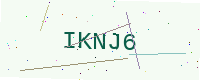
Text: IKNJ6